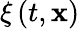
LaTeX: \xi\left(t,\mathbf{x}\right)